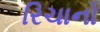
રિચાનો